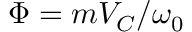
\Phi = m V _ { C } / \omega _ { 0 }